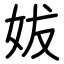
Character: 妭